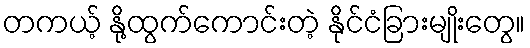
တကယ့် နို့ထွက်ကောင်းတဲ့ နိုင်ငံခြားမျိုးတွေ။